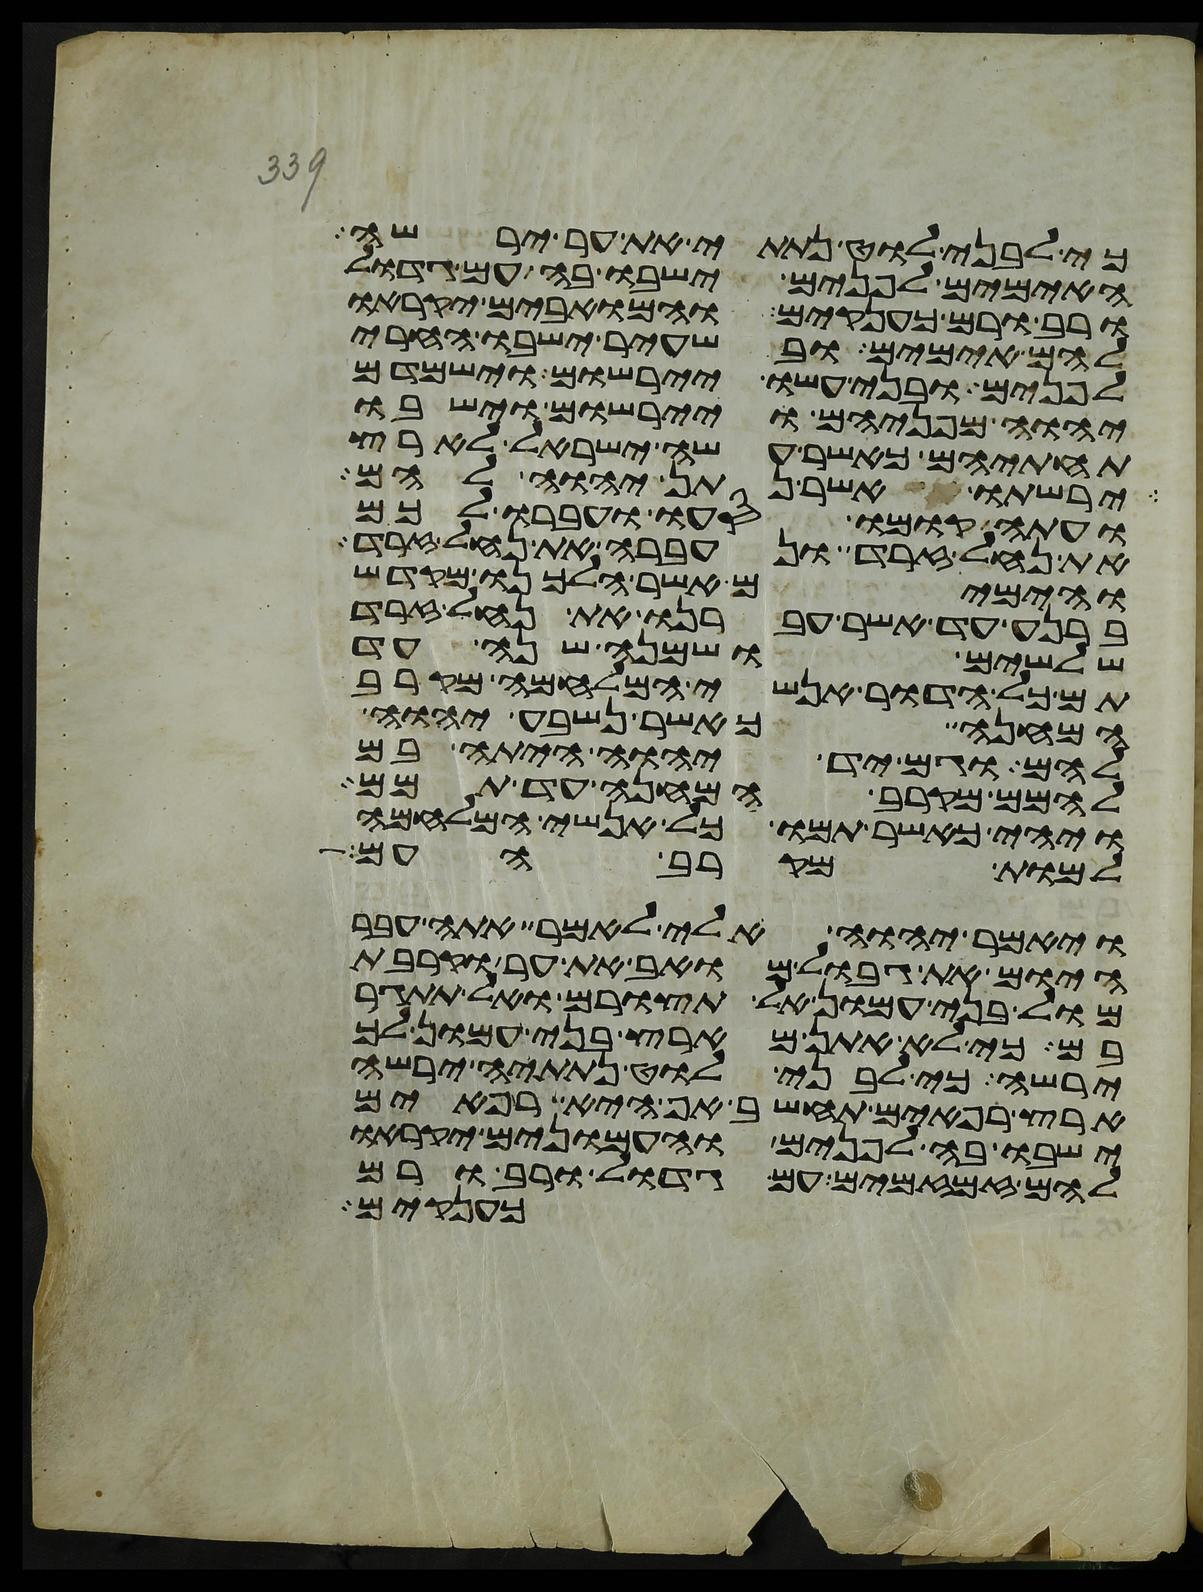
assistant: כי לבני לוט נתתי את ער ירשה
האימים לפנים ישבו בה עם גדול
ורב ורם כענקים והמואבים יקראו
להם אימים ובשעיר ישבו החרי
לפנים ובני עשו יירשום וישמדם
יהוה מפניהם ויירשום וישבו
תחתיהם כאשר עשה ישראל לארץ
ירשתו אשר נתן יהוה להם
ועתה קומו סעו ועברו לכם
את נחל זרד ונעברה את נחל זרד
והימים אשר הלכנו מקדש
ברנע עד אשר עברנו את נחל זרד
שלשים ושמנה שנה עד
תם כל הדור אנשי המלחמה מקרב
המחנה כאשר נשבע יהוה
להם וגם יד יהוה היתה בם
להמם מקרב המחנה עד תמם
ויהי כאשר תמו כל אנשי המלחמה
למות מקרב העם
ויאמר יהוה אלי לאמר אתה עבר
היום את גבול מואב את ער וקרבת
מול בני עמון אל תצורם ואל תתגר
בם כי לא אתן מארץ בני עמון לך
ירשה כי לבני לוט נתתיה ירשה
ארץ רפאים תחשב אף היא רפאים
ישבו בה לפנים והעמונים יקראו
להם זמזמים עם גדול ורב ורם
כענקים